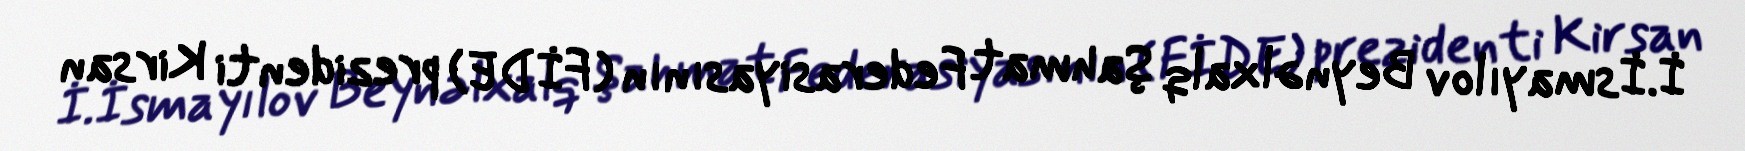
İ.İsmayılov Beynəlxalq Şahmat Federasiyasının (FİDE) prezidenti Kirsan